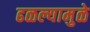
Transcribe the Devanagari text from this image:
ढळल्यामुळे